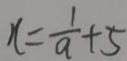
x = \frac { 1 } { a } + 5